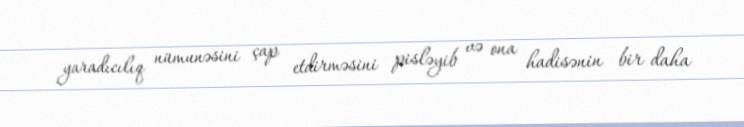
yaradıcılıq nümunəsini çap etdirməsini pisləyib və ona hadisənin bir daha